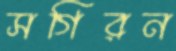
সগিরন